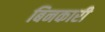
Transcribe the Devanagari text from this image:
बिनकारी